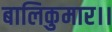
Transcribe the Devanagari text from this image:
बालिकुमार।।